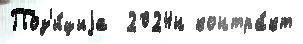
Поз'и́циjа  2024н контра́кт